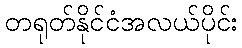
တရုတ်နိုင်ငံအလယ်ပိုင်း